Bréfritari: Benedikt Hálfdanarson
Dagsetning: A-1879-06-08
Skrifað á: Vesturheimi

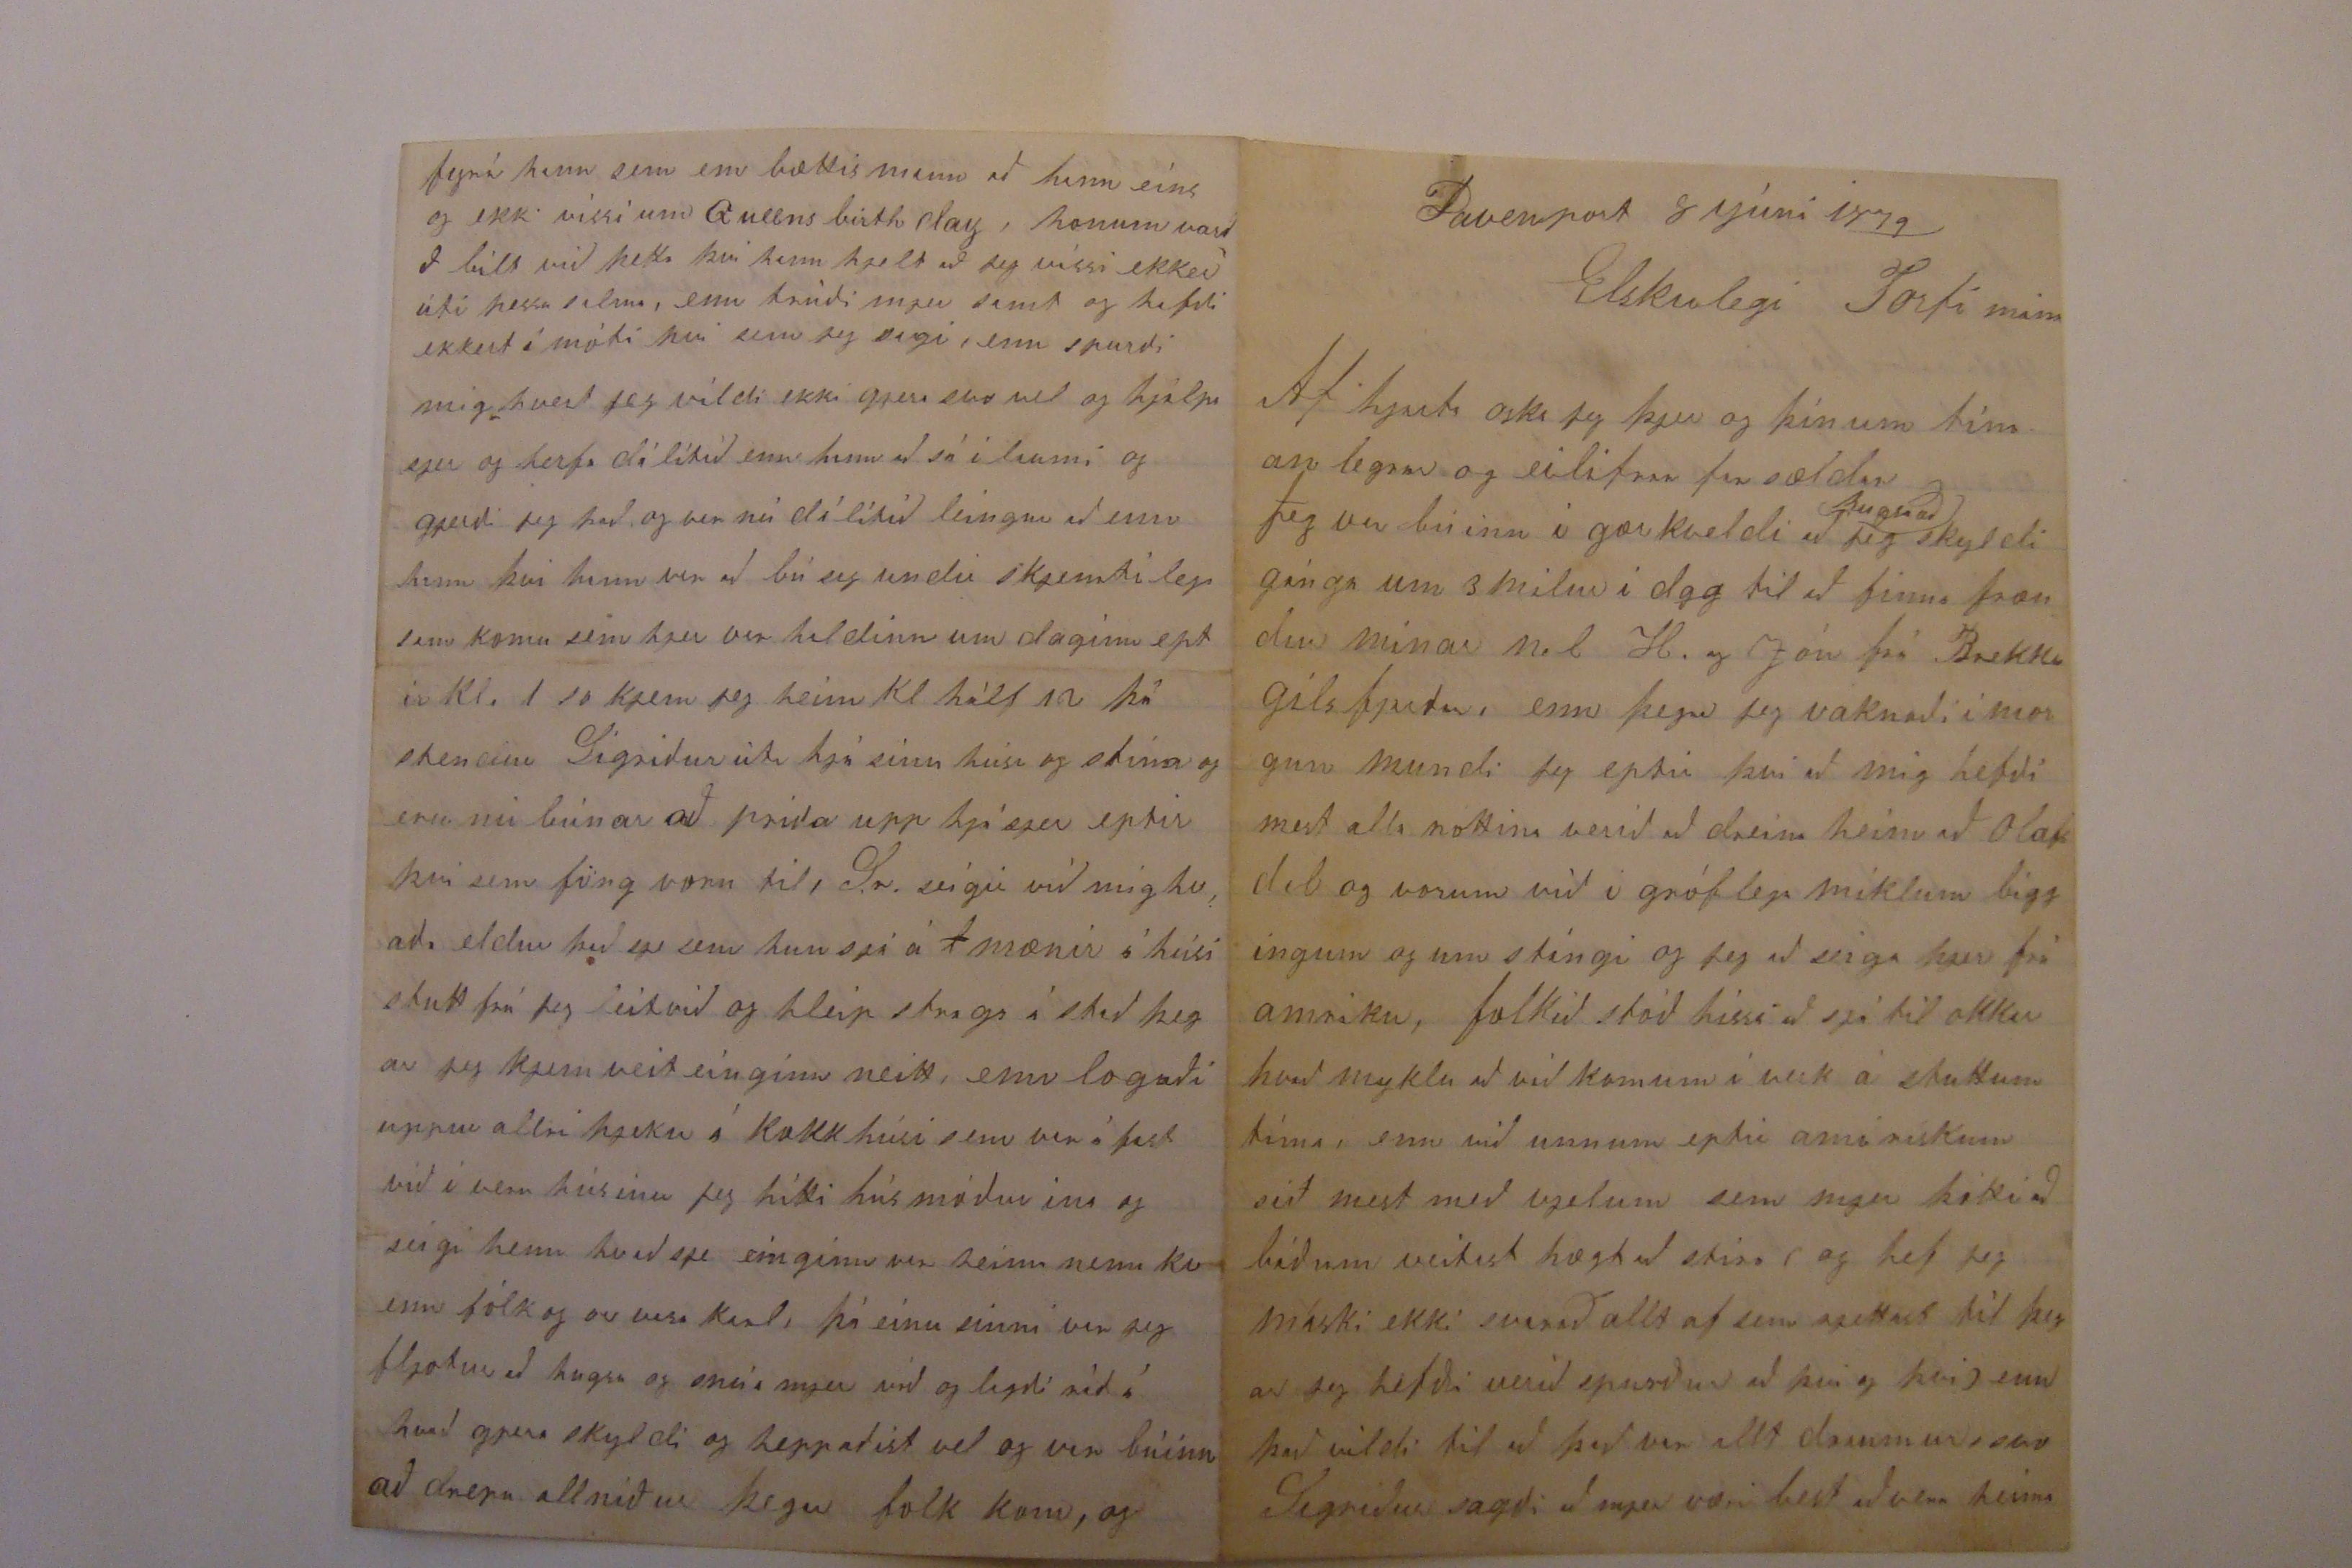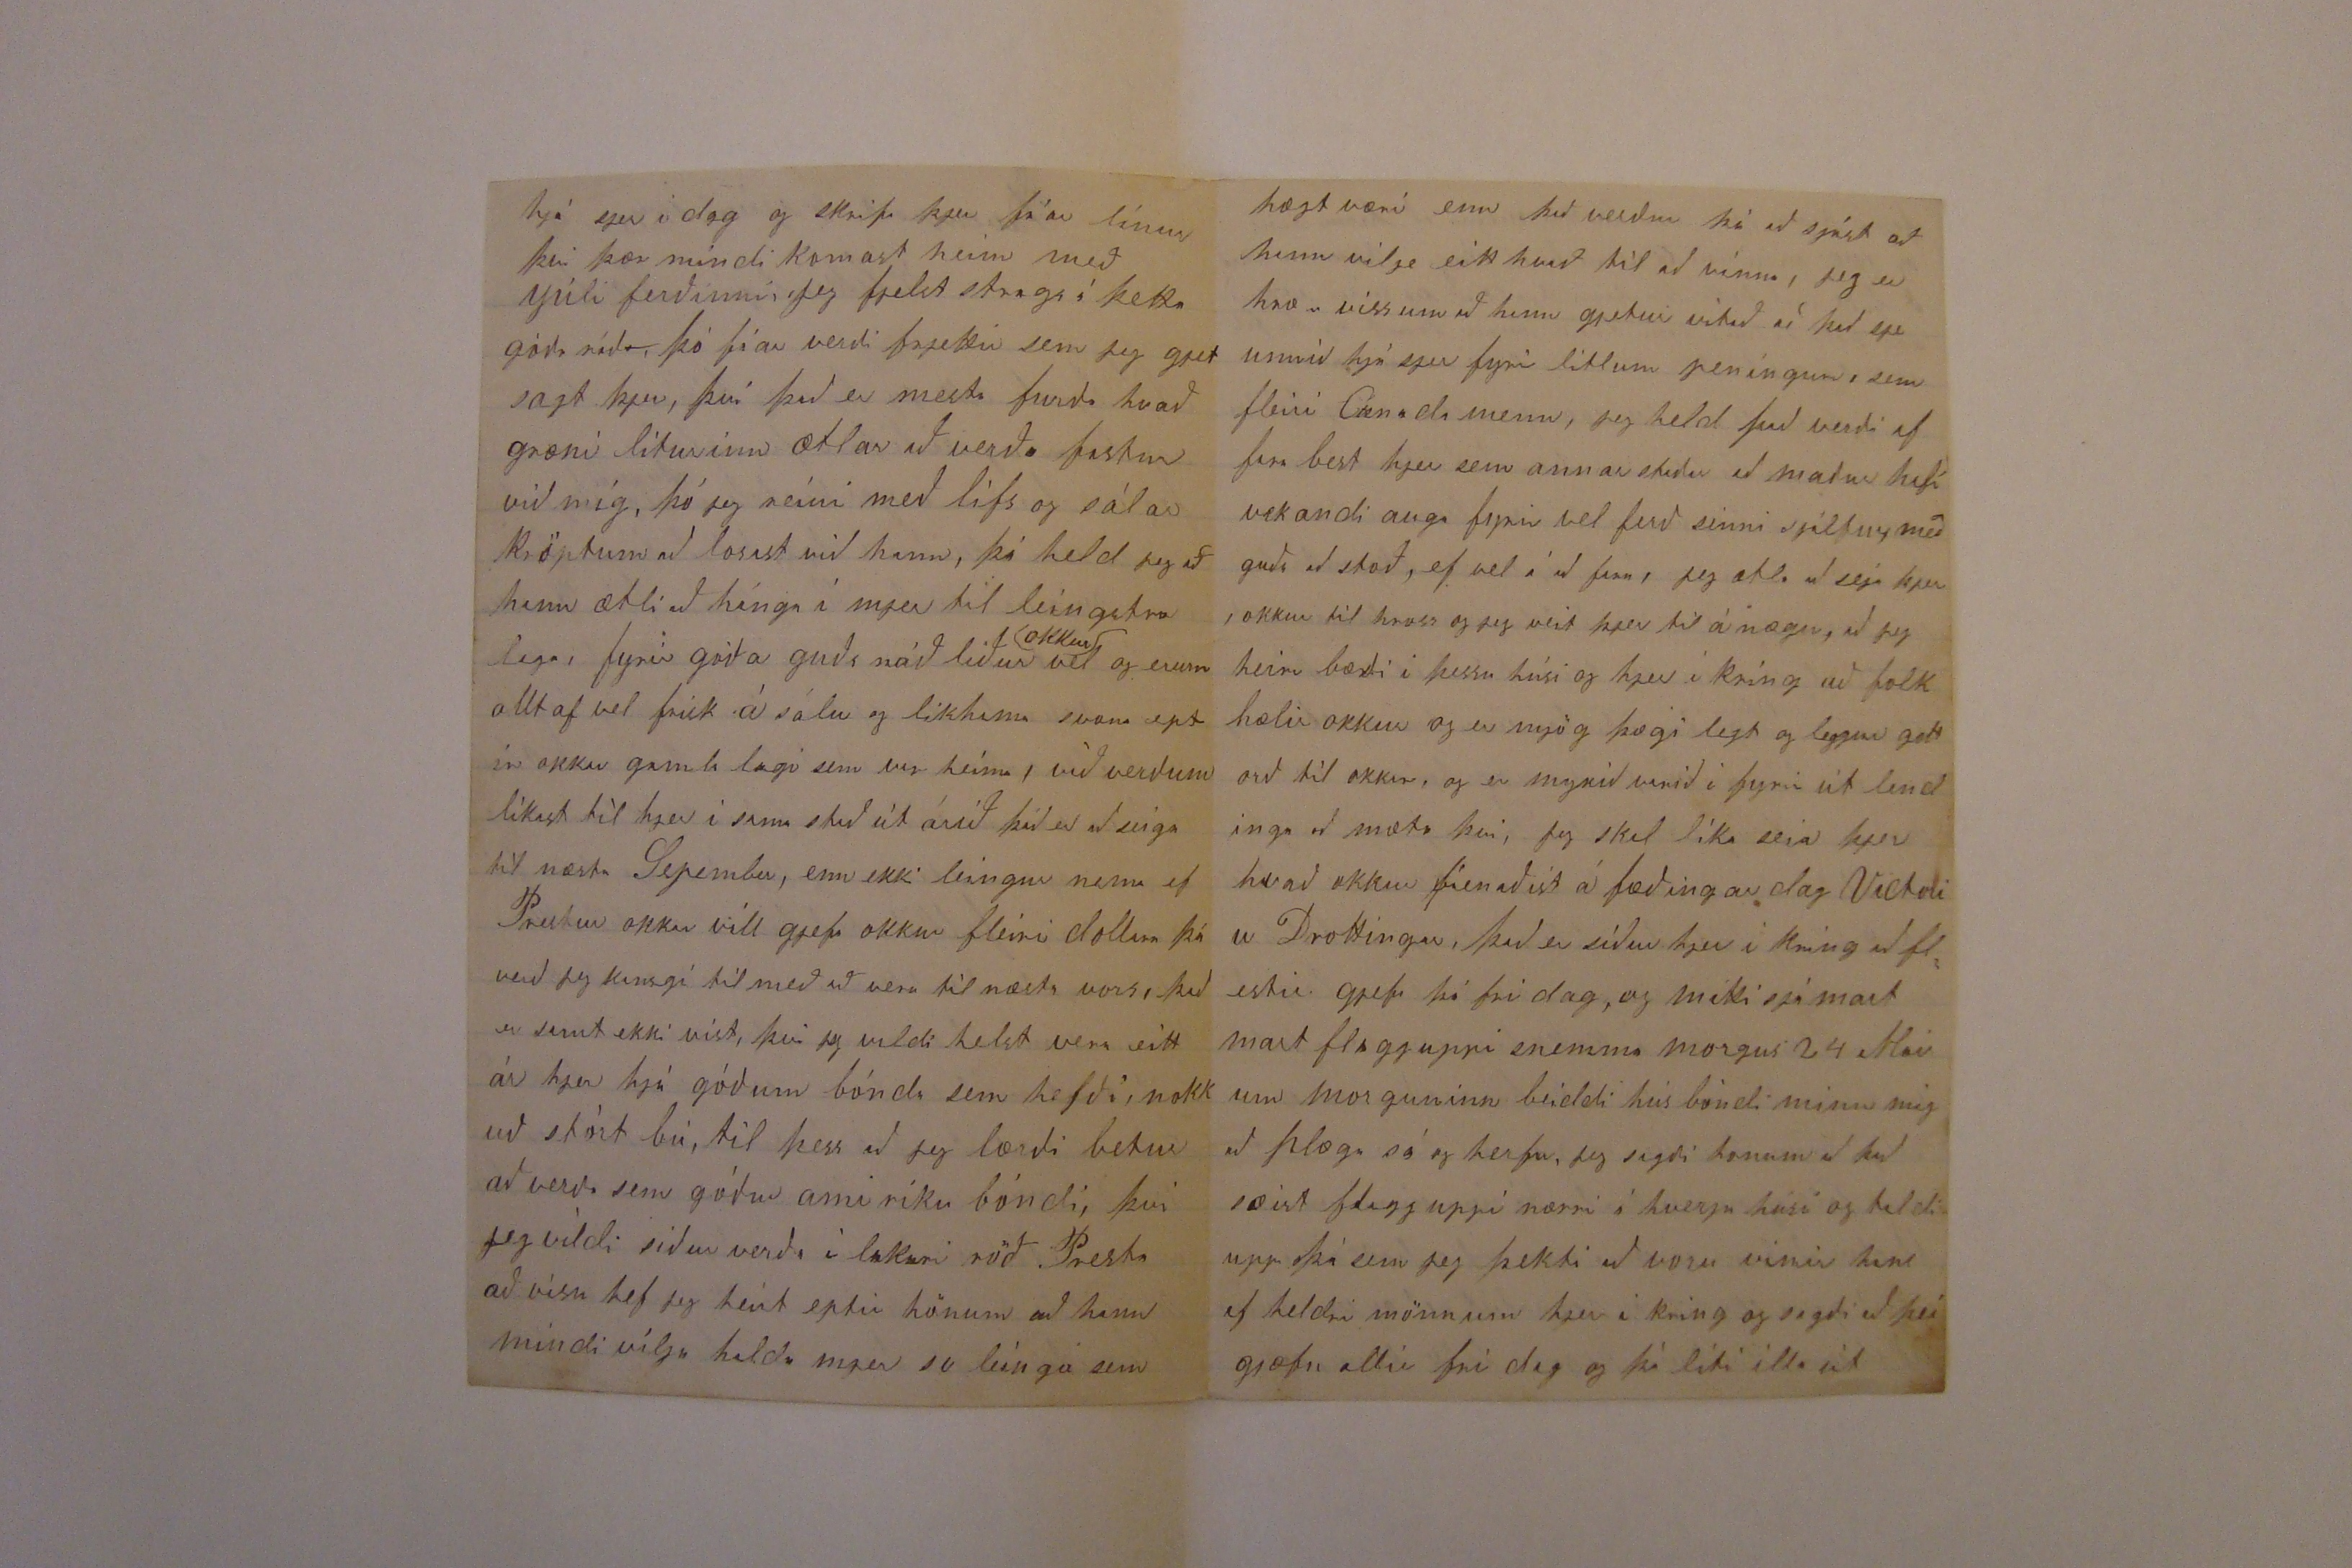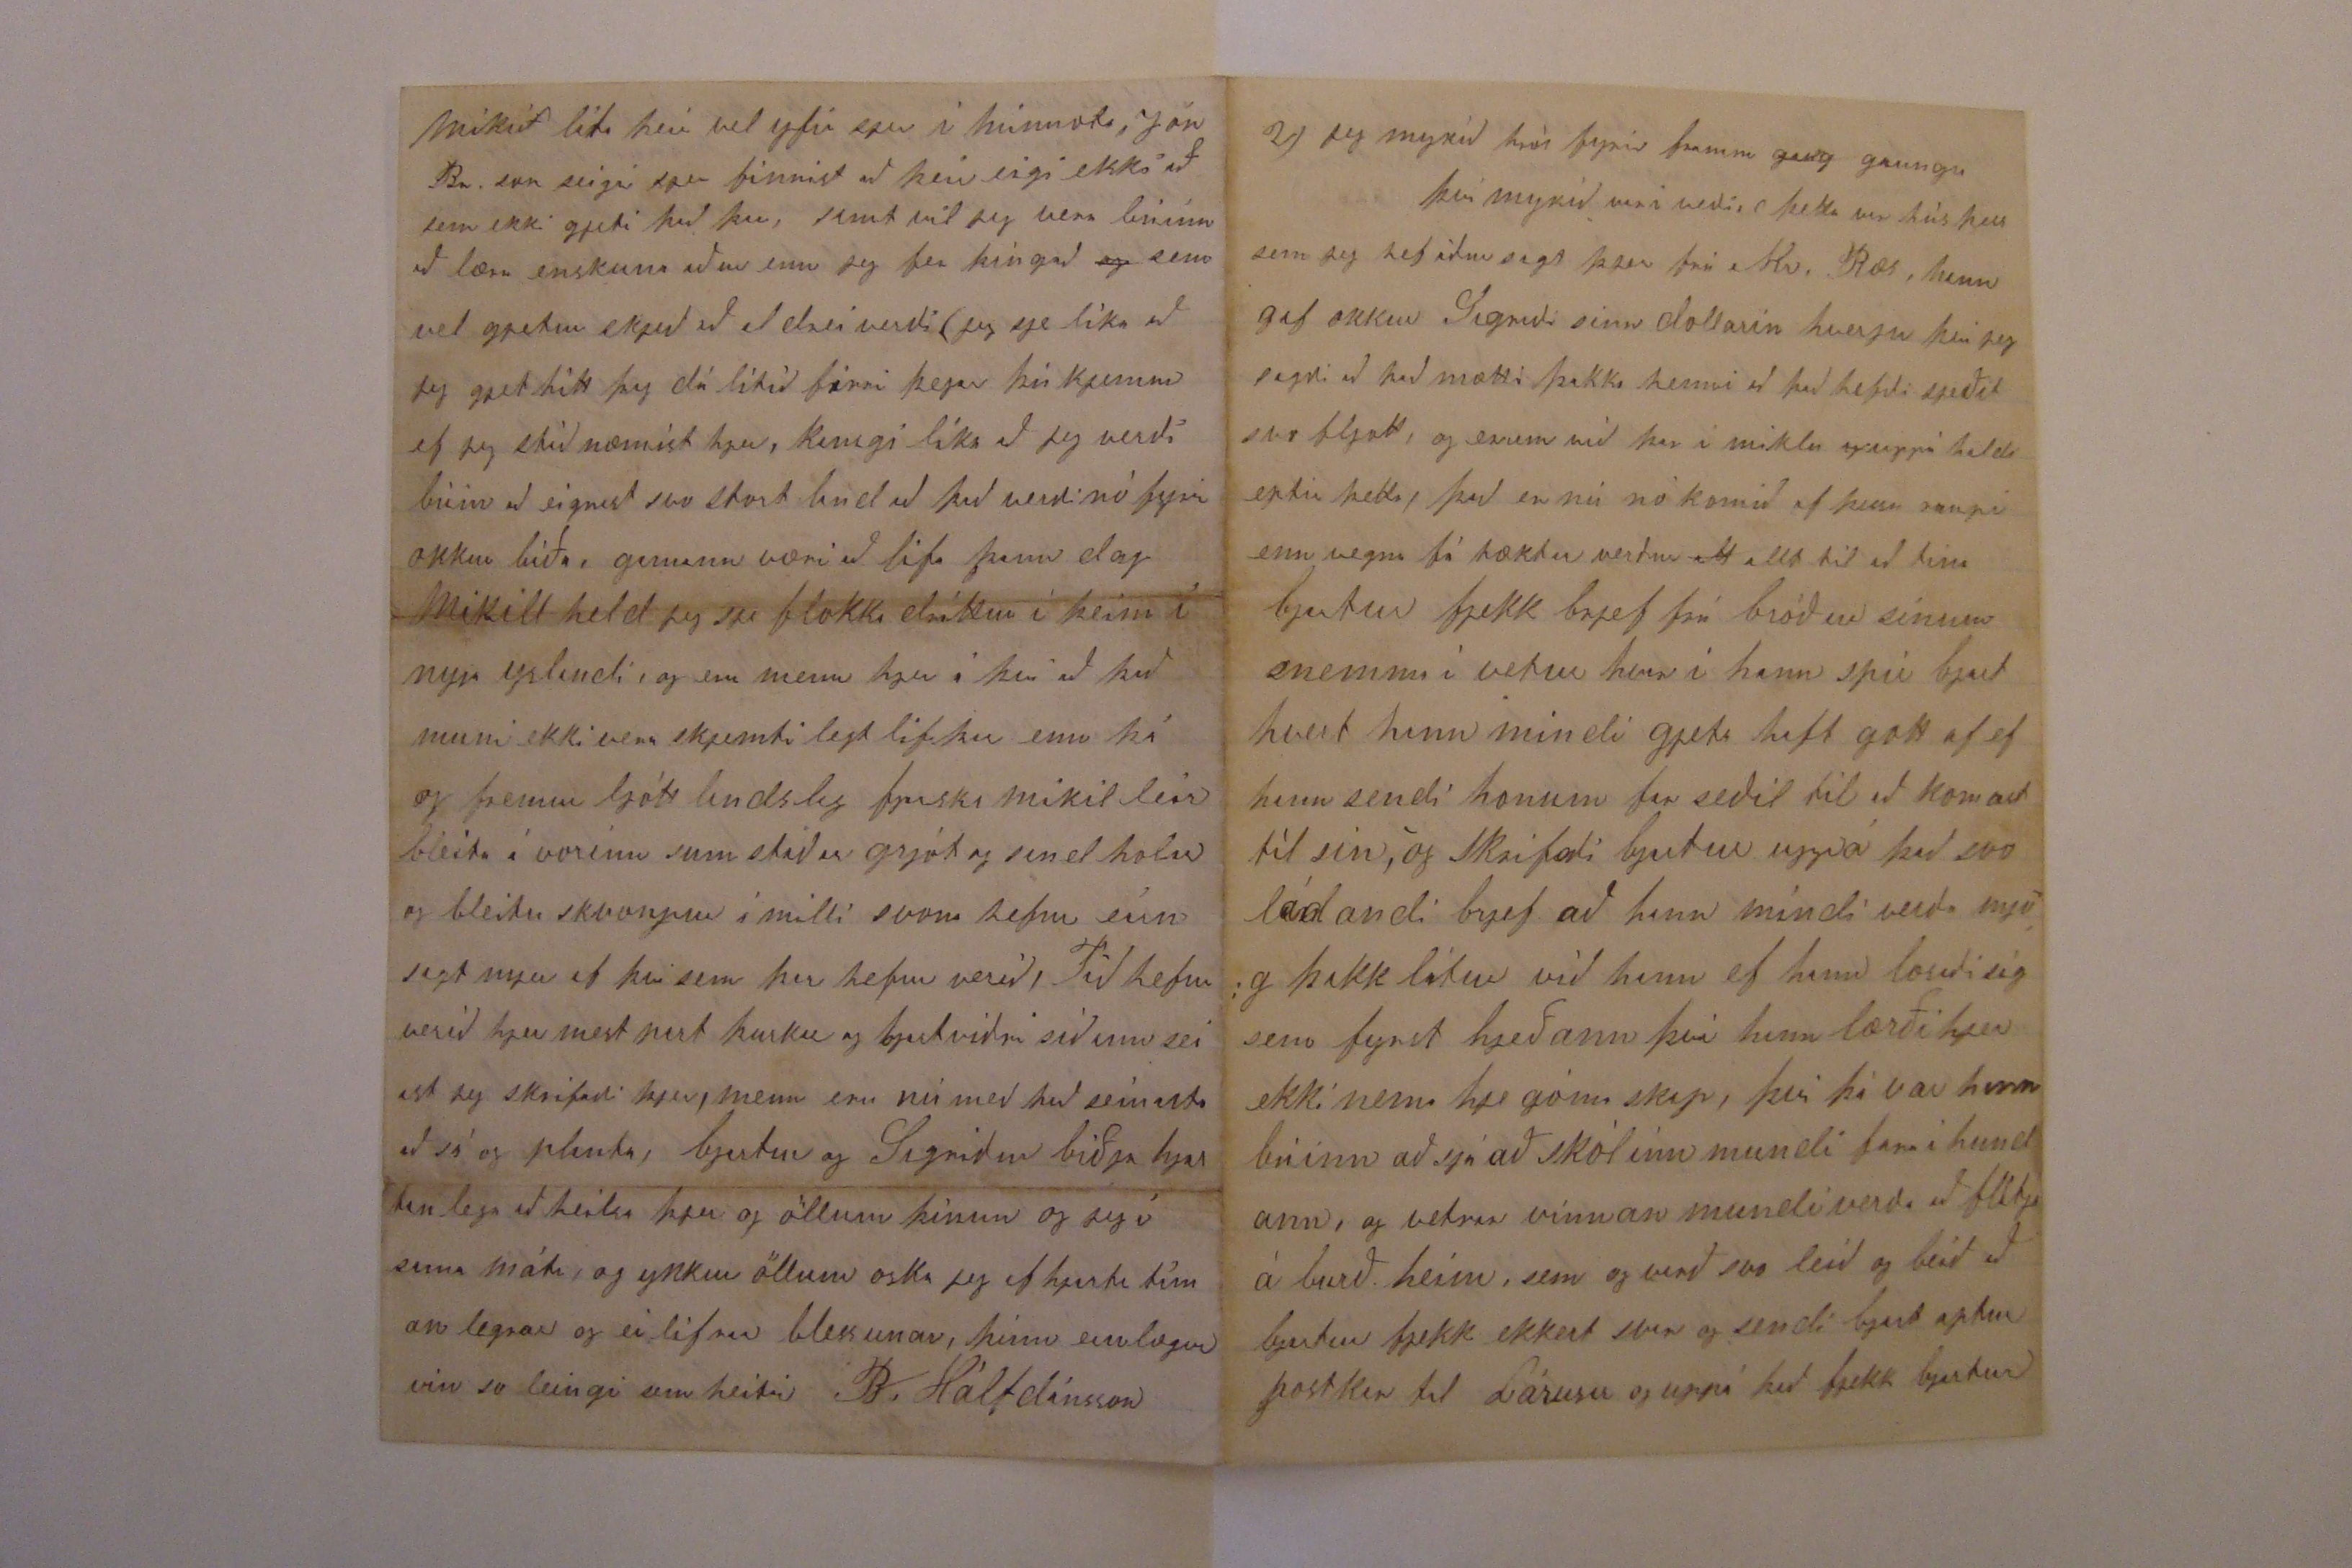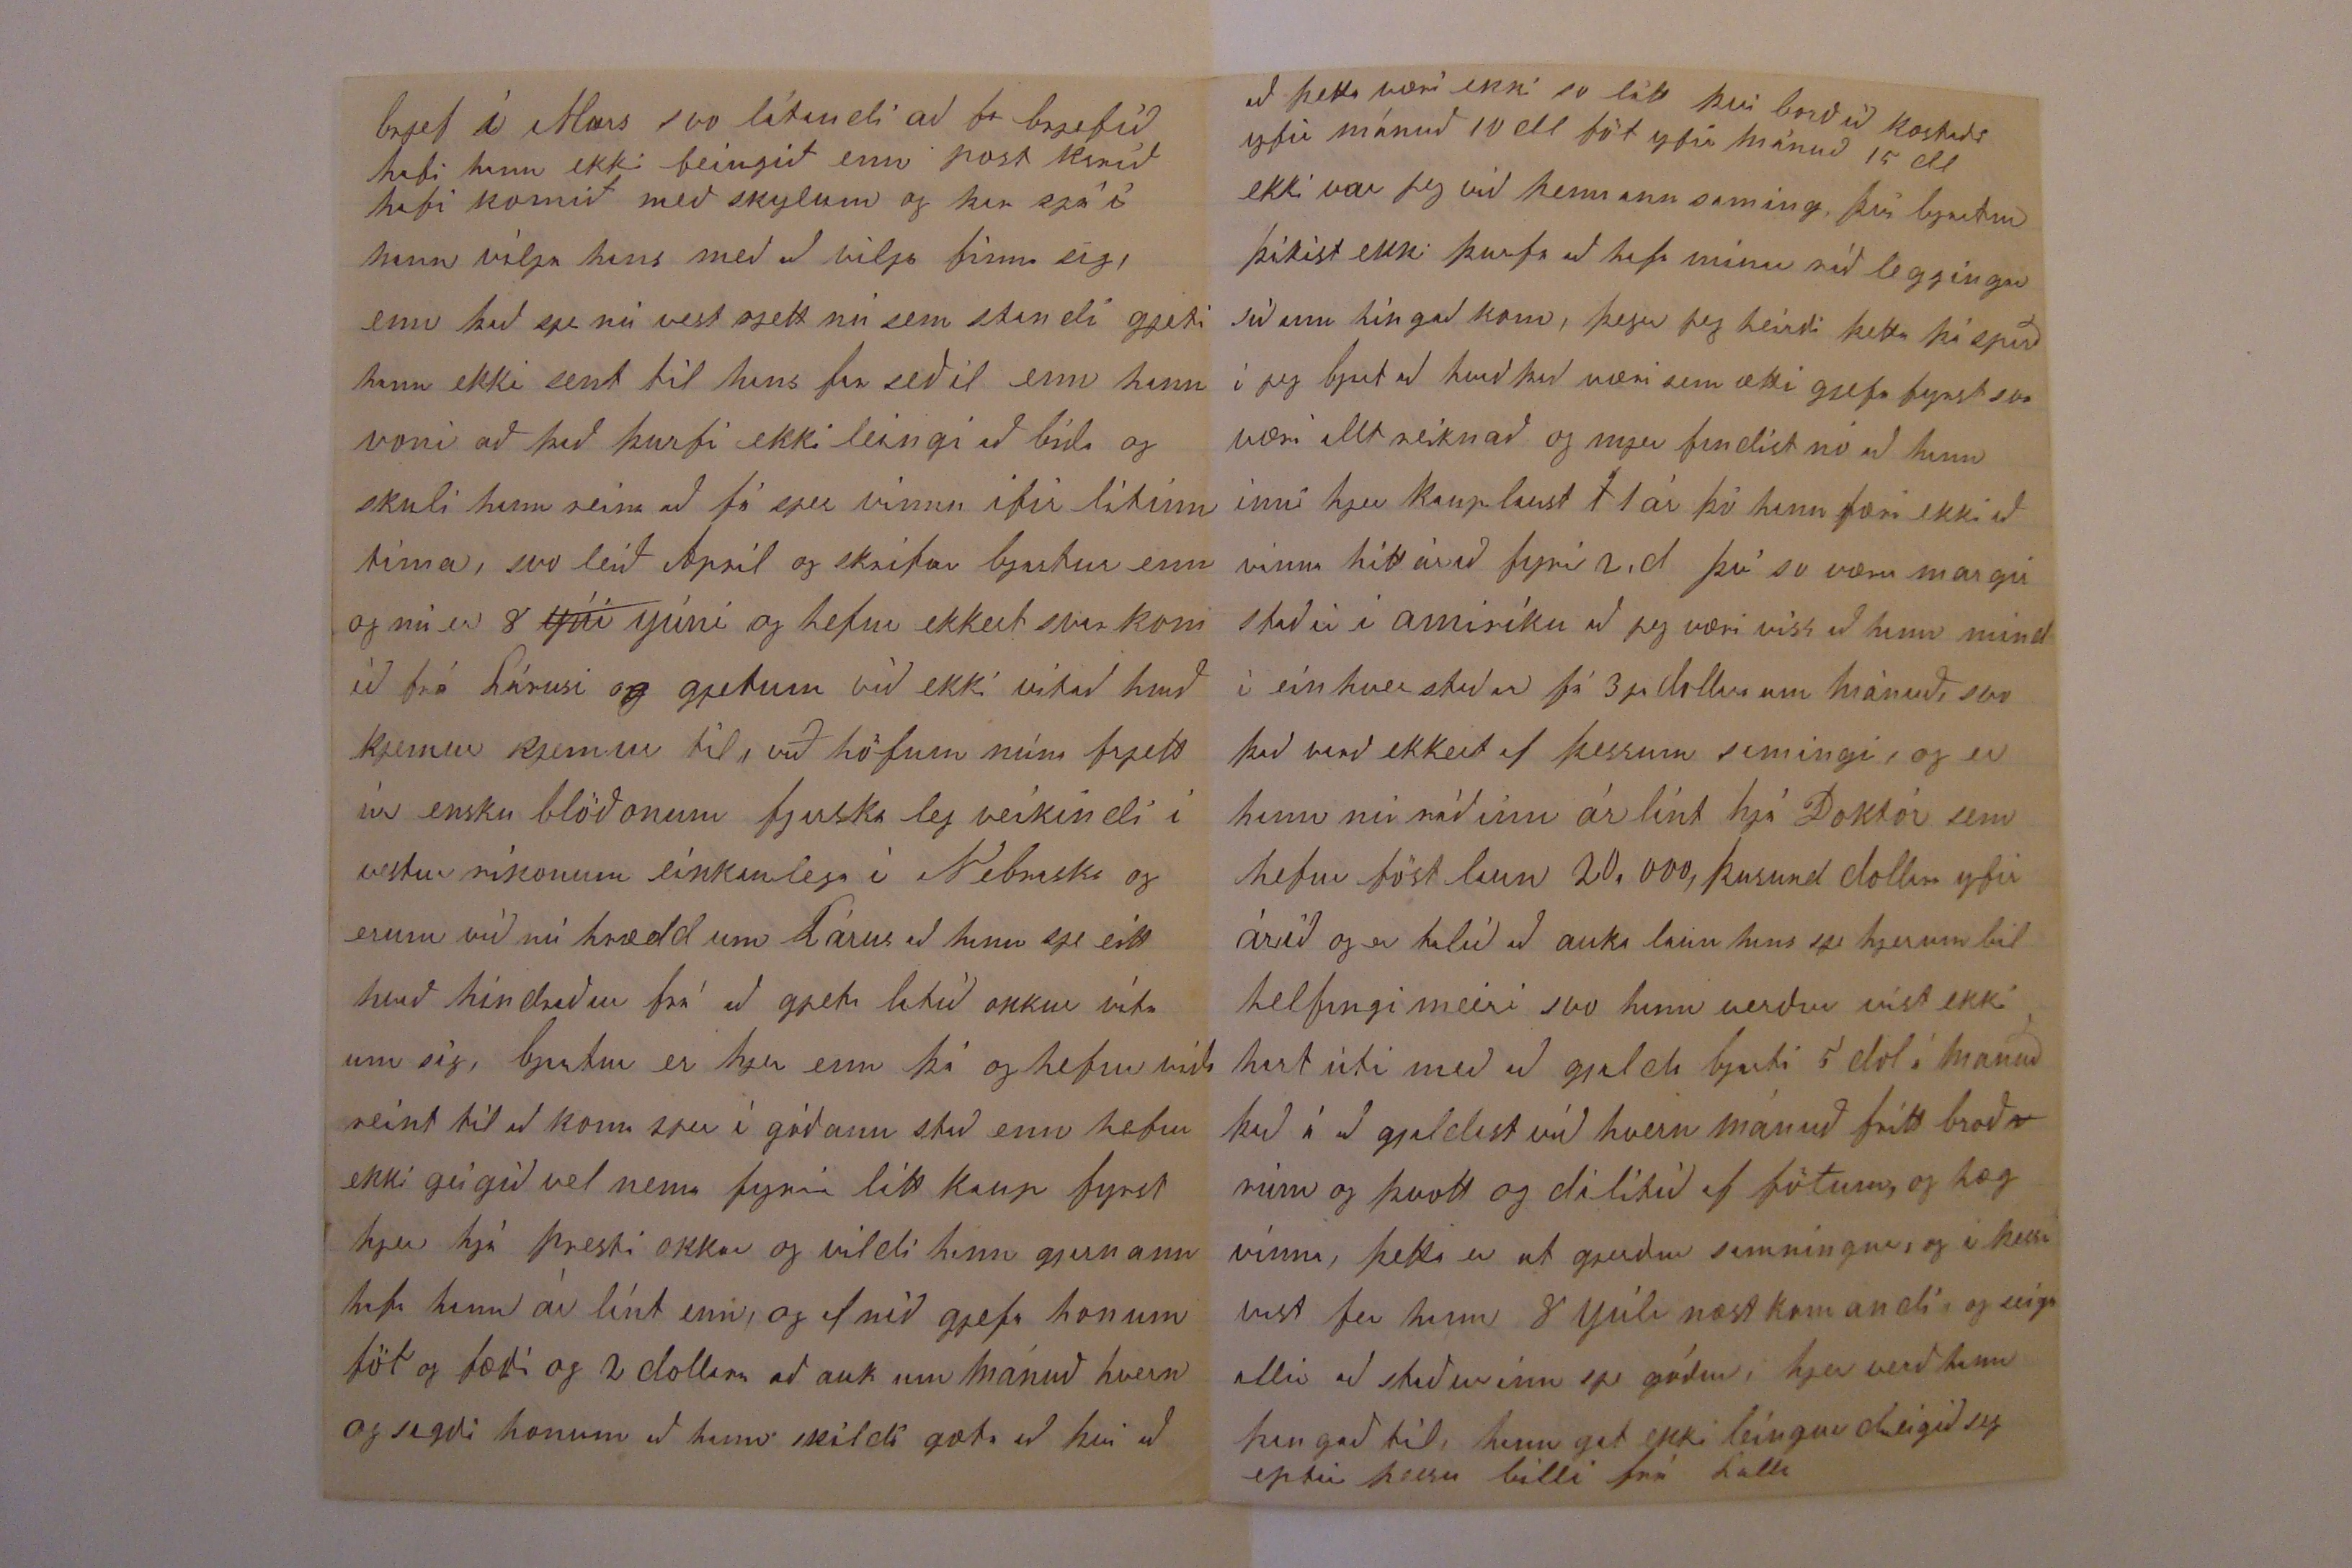

Davenport 8 júní 1879
Elskulegi Torfi minn
Af hjarta oska jeg þjer og þínum tímanlegrar og eilífrar farsældrar
Jeg var búinn í gærkveldi að
hugsa að
jeg skyldi gánga um 3 mílur í dag til að finna frændur mínar n.l. H. og Jón frá Brekku Gilsfjarðar, enn þegar jeg vaknaði í morgun mundi jeg eptir því að mig hefði mest alla nóttina verið að dreima heim að Olafsdal og vorum við í gróflega miklum biggingum mog um stángi og jeg að seiga þjer frá amríku, folkið stóð hissa að sjá til okkar hvað myklu að við komum í verk á stuttum tíma, enn við unnum eptir amirískum sið mest með vjelum sem mjer þótti að báðum veitist hægt að stíra (og hef jeg máske ekki svarað allt af sem rjettast til þegar jeg hafði verið spurður að því og því) enn það vildi til að það var allt draumur, svo Sigríður sagði að mjer væri best að vera heima
hjá sjer í dag og skrifa þjer fáar línur því þær mindi komast heim með Júlí ferðinn. Jeg fjelst strags á þetta góða ráð, þó fáar verði frjettir sem jeg gjet sagt þjer, því það er mesta furða hvað græni liturinn ætlar að verða fastur við mig, þó jeg reini með lífs og sálar kröptum að losast við hann, þá held jeg að hann ætli að hánga í mjer til leingstra laga, fyrir góða guðs náð líðu
okkur
vel og erum alltaf vel frísk á sálu og líkhama svona eptir okkar gamla lagi sem var heima, við verðum líkast til hjer í sama stað út árið það er að seiga til næsta Sepember, enn ekki leingur nema ef Prestur okkar vill gjefa okkur fleiri dollara þá verð jeg kansgi til með að vera til næsta vors, það er samt ekki víst því jeg vildi helst vera eitt ár hjer hjá góðum bónda sem hefði nokkuð stórt bú, til þess að jeg lærði betur að verða sem góður amiríku bóndi, því jeg vildi síður verða í lakari röð. Presta að vísu hef jeg heirt eptir hönum að hann mindi vilja halda mjer so leingi sem
hægt væri enn það verður þá að sjást að hann vilji eitthvað til að vinna, jeg er
hand
viss um að hann gjetur vitað að það sje unnið hjá sjer fyrir litlum peningum, sem fleiri Canadamenn, jeg held það verði af fara best hjer sem annarstaðar að maður hafi vakandi augu fyrir vel ferð sinni sjálfur með guðs að stoð, ef vel á að fara, jeg ætla að sega þjer okkur til
hrass
og jeg veit þjer til ánægu, að jeg heiri bæði í þessu húsi og hjer í kring að folk hælir okkur og er mjög hægilegt og leggur gott orð til okkar, og er mykið varið í fyrir út lendinga að mæta því, jeg skal líka sega þjer hvað okkur þienaðist á fæðingardag Victoriu Drottingar, það er síður hjer í kring að flestir gjefi þá frídag og mátti sjá mart mart flagg uppi snemma morgus 24 Mai um morguninn beiddi húsbóndi minn mig að plæga sá og herfa, jeg sagði honum að það sæist flagg uppi nærri í hverju húsi og taldi upp þá sem jeg þekti að voru vinir hans af heldri mönnum hjer í kring og sagði að þeir gjæfu allir frí dag og þá liti illa út
fyrir hann sem em bættismann að hann eins og ekki vissi um Queens birth day, honum varð bilt við þetta því hann hjelt að jeg vissi ekkert útí þessa salma, enn trúði mjer samt og hafði ekkert á móti því sem jeg segi, enn spurði mig hvert jeg vildi ekki gjera svo vel og hjálpa sjer og herfa dálítið enn hann að sá í 0000 og gjerði jeg það og var nú dálítið leingur að enn hann því hann var að bú sig undir skjemtilega samkomu sem hjer var haldinn um daginn eptir kl. 1 so kjem jeg heim kl hálf 12 þá stendur Sigríður úti hjá sínu húsi og stína og eru nú búnar að príða upp hjá sjer eptir því sem föng voru til, Sr. seigir við mig hvað eldur það sje sem hun sjá á
l
mænir
á húsi stutt frá jeg leit við og hleip strags á stað þegar jeg kjem veit einginn neitt, enn logaði uppur allri
þjeku
á kokkhúsinu sem var á fast við í veru húsinu jeg hitti húsmóðurina og seigi henni hvað sje einginn var heima nema kvenn fólk og
so vara
karl, þá einu sinni var jeg fljótur að hugsa og snúa mjer við og lagði ráð á hvað gjera skyldi og heppaðist vel og var búinn að drepa all niður þegar folk kom, og
jeg mykið hrós fyrir framm
gaug
gaungu því mykið var í veði, þetta var hús þess sem jeg hef áður sagt þjer frá
Kr. Ræs
hann gaf okkur Sigriði sinn dollarin hverju því jeg sagði að það mætti þakka henni að það hefði sjeðst svo flott, og erum við þar í miklu
u
uppá haldi eptir þetta, það er nú nó komið af þessu raupi enn vegna fátæktar verður
alt
allt til að tína bjartur fjekk brjef frá bróður sínum snemma í vetur hvar í hann spir bjart hvert hann mindi gjeta haft gott af ef hann sendi honum far seðil til að komast til sín, og skrifaði bjartur uppá það svo 0000andi brjef að hann mindi verða mjög þakklátur við hann ef hann losaði sig sem fyrst hjeðann því hann lærði hjer ekki nema hjegóm skap, því þá var hann búinn að sjá að skólinn mundi fara í hundann, og vetrar vinnan mundi verða að flitja á burð heim sem og verð svo leið og beið að bjartur fjekk ekkert svar og sendi bjart aptur
postker
til Lárusar og uppá það fjekk bjartur
brjef í Mars svo lútandi að
fa
brjefið hafi hann ekki feingið enn post 00000 hafi komið með skylum og þar sjá í hann vilja hans með að vilja finna sig enn hvað sje nú vest rjett nú sem standi gjeti hann ekki sent til hans farseðil enn hann voni að það þurfi ekki leingi að bíða og skuli hann reina að fá sjer vinnu ifir lítinn tíma, svo leið Apríl og skrifar bjartur enn og nú er 8
Júí
Júní og hefur ekkert svar komið frá Lárusi og gjetum við ekki vitað hvað kjemur kjemur til, við höfum núna frjett úr ensku blöðonum fjarska leg veikindi í vestur ríkonum einkanlega í Nebraska og erum við nú hrædd um Lárus að hann sje eitthvað hindraður frá að gjeta latið okkur vita um sig, bjartur er hjer enn þá og hefur víða reint til að koma sjer í góðann stað enn hefur ekki geigið vel nema fyrir lítt kaup fyrst hjer hjá presti okkar og vildi hann gjarnann hafa hann ár lánt enn og efnið gjefa honum föt og fæði og 2 dollara að auk um mánuð hvern og sagði honum að hann skildi gæta að því að
að þetta væri ekki so látt því borðið kostaði yfir mánuð 10 dl föt yfir mánuð 15 dl ekki var jeg við þennann samning, því bjartur þikist ekki þurfa að hafa mínar ráð leggingar sú um hingað kom, þegar jeg heirði þetta þá spurði jeg bjart að hvað það væri sem ætti gjefa fyrst svo væri allt reiknað og mjer findist nú að hann inni hjer kauplaust
l
1 ár þó hann færi ekki að vinna hitt árið fyrir 2 d þó so væru margir staðir í amiríku að jeg væri viss að hann mindi einhver staðar fá 3ja dollara um mánuð, svo það varð ekkert af þessum samingi, og er hann nú ráðinn árlánt hjá Doktór sem hefur föst laun 20.000 þusund dollara yfir árið og er talið að auka laun hans sje hjerum bil helfingi meiri svo hann verður víst ekki hart úti með að gjalda bjarti 5 dol á manuð það á að gjaldast við hvern mánuð frítt broð
v
rúm og þvott og dálítið af fötum og hæg vinna, þetta er ut gjerður samningur, og í þessa vist fer hann 8 Júlí næst komandi og seiga allir að staðurinn sje góður, hjer verð hann þangað til, hann gat ekki leingur dreigið sig eptir þessu
billi
frá Lalla
Mikið láta þeir vel yfir sjer í Minnota, Jón Br. svo seigir sjer finnist að þeir eigi ekki að sem ekki gjeti það þar, samt vil jeg vera búinn að læra enskuna aður enn jeg fer þángað
og
sem vel gjetur skjeð að aldrei verði (jeg sje líka að jeg gjet hitt þig dálítið firri þegar þú kjemur ef jeg stað næmist hjer, kansgi líka að jeg verði búin að eignast svo stort land að það verði nó fyrir okkur báða, gamann væri að lifa þann dag
Mikill held jeg sje flokka dráttur í þeim í nyja yslandi, og eru menn hjer á því að það muni ekki vera skjemtilegt líf þar enn þá og fremur ljótt landslag fjarska mikil leir bleita á vorinn sum staðar grjót og
send
holur og bleitu
skrorpur
í milli svona hefur eirn sagt mjer af því sem þar hefur verið, Tíð hefur verið hjer mest murkur og bjartviðri síðann seiast jeg skrifaði þjer, menn eru nú með það seinasta að sá og planta, bjartur og Sigríður biðja hjartanlega að heilsa þjer og öllum þínum og jeg í sama máta, og ykkur öllum oska jeg af hjarta tímanlegrar og eilífrar blessunar, þinn einlægur vin so leingi sem heitir
B. Hálfdánsson